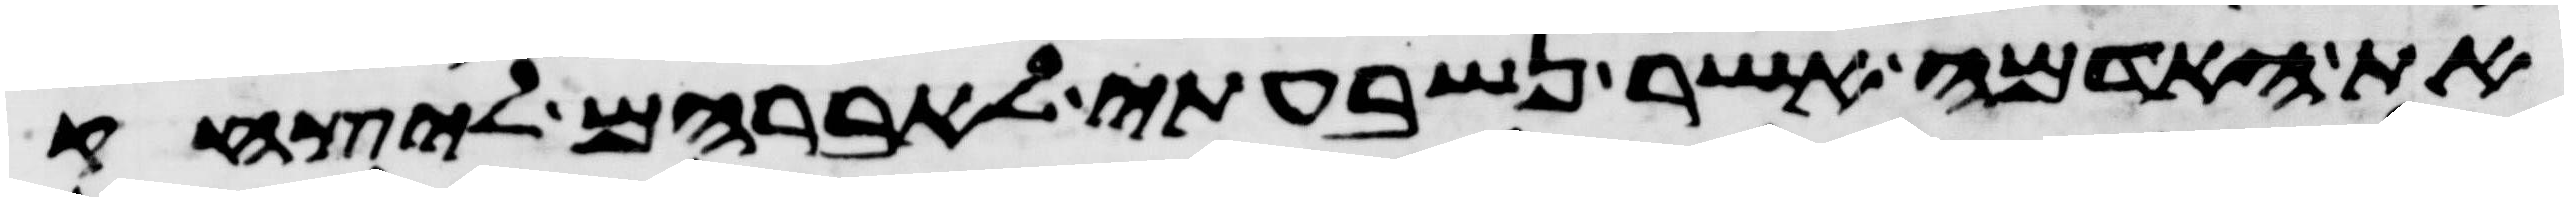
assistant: את האדמה אשר נשבעתי לאברהם ליצחק